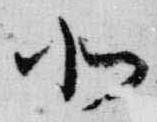
北